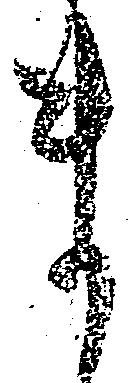
ま